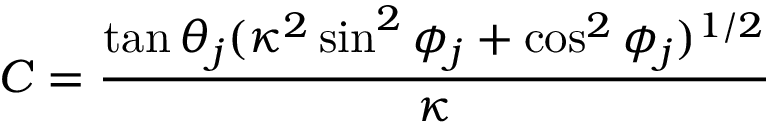
C = \frac { \tan \theta _ { j } ( \kappa ^ { 2 } \sin ^ { 2 } \phi _ { j } + \cos ^ { 2 } \phi _ { j } ) ^ { 1 / 2 } } { \kappa }